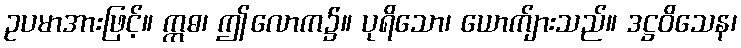
ဥပမာအားဖြင့်။ ဣဓ၊ ဤလောက၌။ ပုရိသော၊ ယောက်ျားသည်။ ဒဋ္ဌဝိသေန၊